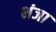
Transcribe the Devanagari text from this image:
भंजा